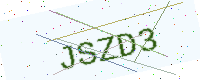
Text: JSZD3